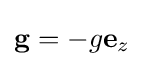
\mathbf {g} =-g\mathbf {e} _{z}